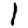
Digit: 1